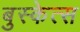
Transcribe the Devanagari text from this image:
बुस्केत्स